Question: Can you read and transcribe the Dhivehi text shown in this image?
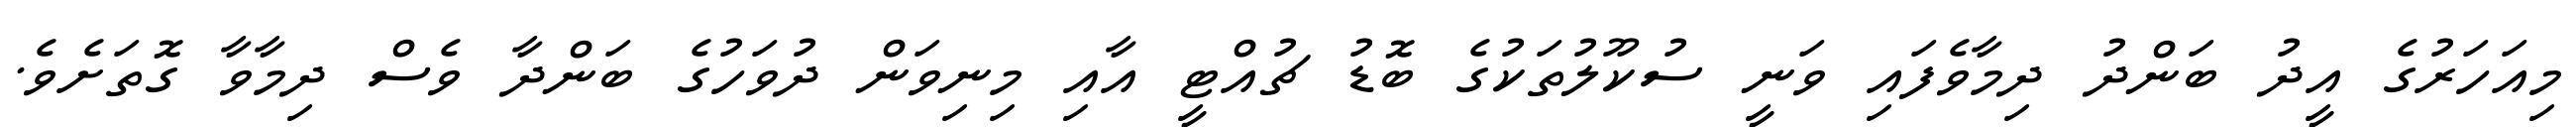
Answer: މިއަހަރުގެ އީދު ބަންދު ދިމާވެފައި ވަނީ ސުކޫލުތަކުގެ ބޮޑު ޗުއްޓީ އާއި މިނިވަން ދުވަހުގެ ބަންދާ ވެސް ދިމާވާ ގޮތަށެވެ.